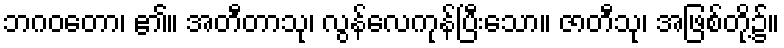
ဘဂဝတော၊ ၏။ အတီတာသု၊ လွန်လေကုန်ပြီးသော။ ဇာတီသု၊ အဖြစ်တို့၌။